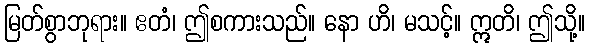
မြတ်စွာဘုရား။ ဧတံ၊ ဤစကားသည်။ နော ဟိ၊ မသင့်။ ဣတိ၊ ဤသို့။